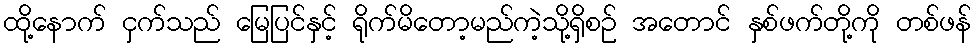
ထို့နောက် ငှက်သည် မြေပြင်နှင့် ရိုက်မိတော့မည်ကဲ့သို့ရှိစဉ် အတောင် နှစ်ဖက်တို့ကို တစ်ဖန်